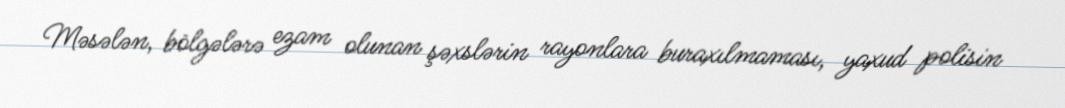
Məsələn, bölgələrə ezam olunan şəxslərin rayonlara buraxılmaması, yaxud polisin